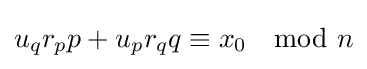
u_{q}r_{p}p+u_{p}r_{q}q\equiv x_{0}\mod {n}